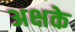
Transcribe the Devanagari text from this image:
अक्षके